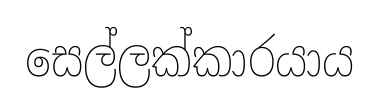
සෙල්ලක්කාරයාය